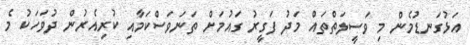
އަޅުގަނޑުމެން މި ވަސީލަތްތައް މަދު ފަގީރު ގައުމަށް ތަނަވަސްކަމާއި ކުރިއެރުން ދުވަހަކު މެ